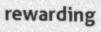
rewarding